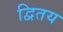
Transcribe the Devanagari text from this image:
द्वितय